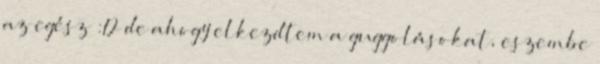
az egész :D de ahogy elkezdtem a guggolásokat, eszembe